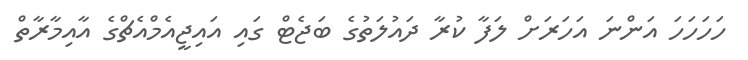
ހަހަހަހަ އަންނަ އަހަރަށް ލަފާ ކުރާ ދައުލަތުގެ ބަޖެޓް ގައި އައިޖީއެމްއެޗްގެ އާއިމާރާތް